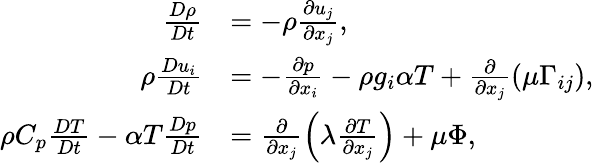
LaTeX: \begin{array}{rl}{\frac{D\rho}{Dt}}&{=-\rho\frac{\partial u_{j}}{\partial x_{j}},}\\ {\rho\frac{Du_{i}}{Dt}}&{=-\frac{\partial p}{\partial x_{i}}-\rho g_{i}\alpha T+\frac{\partial}{\partial x_{j}}(\mu\Gamma_{ij}),}\\ {\rho C_{p}\frac{DT}{Dt}-\alpha T\frac{Dp}{Dt}}&{=\frac{\partial}{\partial x_{j}}\left(\lambda\frac{\partial T}{\partial x_{j}}\right)+\mu\Phi,}\end{array}